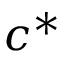
c ^ { * }